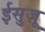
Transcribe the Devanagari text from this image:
ईसुज़ू